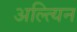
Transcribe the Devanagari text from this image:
अल्त्यिन